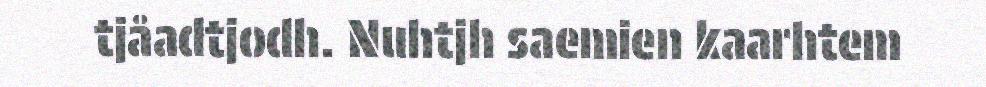
tjåadtjodh. Nuhtjh saemien kaarhtem